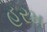
હરમ